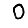
Digit: 0